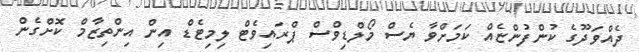
ދެއްވަދޫގެ ކުންފުންޏެއް ކަމަށްވާ ޔެސް މޯލްޑިވްސް ޕްރައިވެޓް ލިމިޓެޑް އިން އިންތިޒާމް ކޮށްގެން